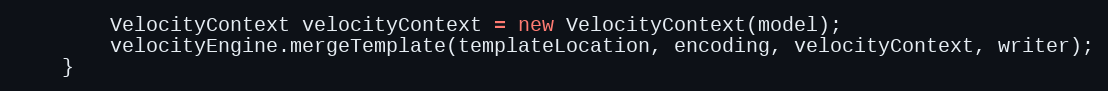
Language: Java
		VelocityContext velocityContext = new VelocityContext(model);
		velocityEngine.mergeTemplate(templateLocation, encoding, velocityContext, writer);
	}